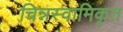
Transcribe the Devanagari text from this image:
चिन्नस्वामिकृत